Vaccination in Bombay 1913-1923 - 1913-1923
Year: 1913
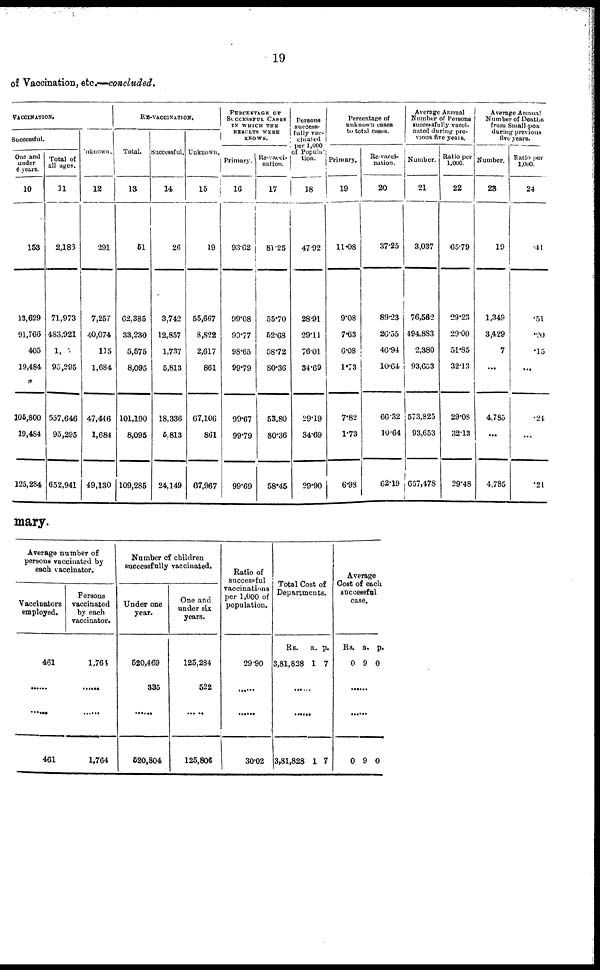
19
of Vaccination, etc.—concluded.
VACCIANTION.
Successful.
One and
under
6 years.
10
153
13,629
91,766
405
19,484
105,800
19,484
125,284
Total of
all ages.
11
2,186
71,973
483,921
1, 5
95,295
557,646
95,295
652,941
Unknown.
12
291
7,257
40,074
115
1,684
47,446
1,684
49,130
RE-VACCINATION.
Total.
13
51
62,385
33,230
5,575
8,095
101,190
8,095
109,285
Successful.
14
26
3,742
12,857
1,737
5,813
18,336
5,813
24,149
Unknown.
15
19
55,667
8,822
2,617
861
67,106
861
67,967
PERCENTAGE OF
SUCCESSFUL CASES
IN WHICH THE
RESULTS WERE
KNOWN.
Primary.
16
93.62
99.08
99.77
98.65
99.79
99.67
99,79
99.69
Re-vacci¬
nation.
17
81.25
55.70
52.68
58.72
80.36
53.80
80.36
58.45
Persons
success-
fully vac¬
cinated
per 1,000
of Popula¬
tion.
18
47.92
28.91
29.11
76.01
34.69
29.19
34.69
29.90
Percentage of
unknown cases
to total cases.
Primary.
19
11.08
9.08
7.63
6.08
1.73
7.82
1.73
6.98
Re¬vacci-
nation.
20
37.25
89.23
26.55
46.94
10.64
66.32
10.64
62.19
Average Annual
Number of Persons
successfully vacci-
nated during pre-
vious five years.
Number.
21
3,037
76,562
494,883
2,380
93,653
573,825
93,653
667,478
Ratio per
1,000.
22
65.79
29.23
29.00
51.85
32.13
29.08
32.13
29.48
Average Annual
Number of Deaths
from Small-pox
during previous
five years.
Number.
23
19
1,349
3,429
7
...
4,785
...
4,785
Ratio per
1,000.
24
.41
.51
.20
.15
...
.24
...
.21
mary.
Average number of
persons vaccinated by
each vaccinator.
Vaccinators
employed.
461
......
......
461
Persons
vaccinated
by each
vaccinator.
1,764
......
......
1,764
Number of children
successfully vaccinated.
Under one
year.
520,469
335
......
520,804
One and
under six
years.
125,284
522
......
125,806
Ratio of
successful
vaccinations
per 1,000 of
population.
29.90
......
......
30.02
Total Cost of
Departments.
Rs.
3,81,828
a.
1
p.
7
......
......
3,81,828 1 7
Average
Cost of each
successful
case.
Rs.
0
a.
9
p.
0
......
......
0 9 0